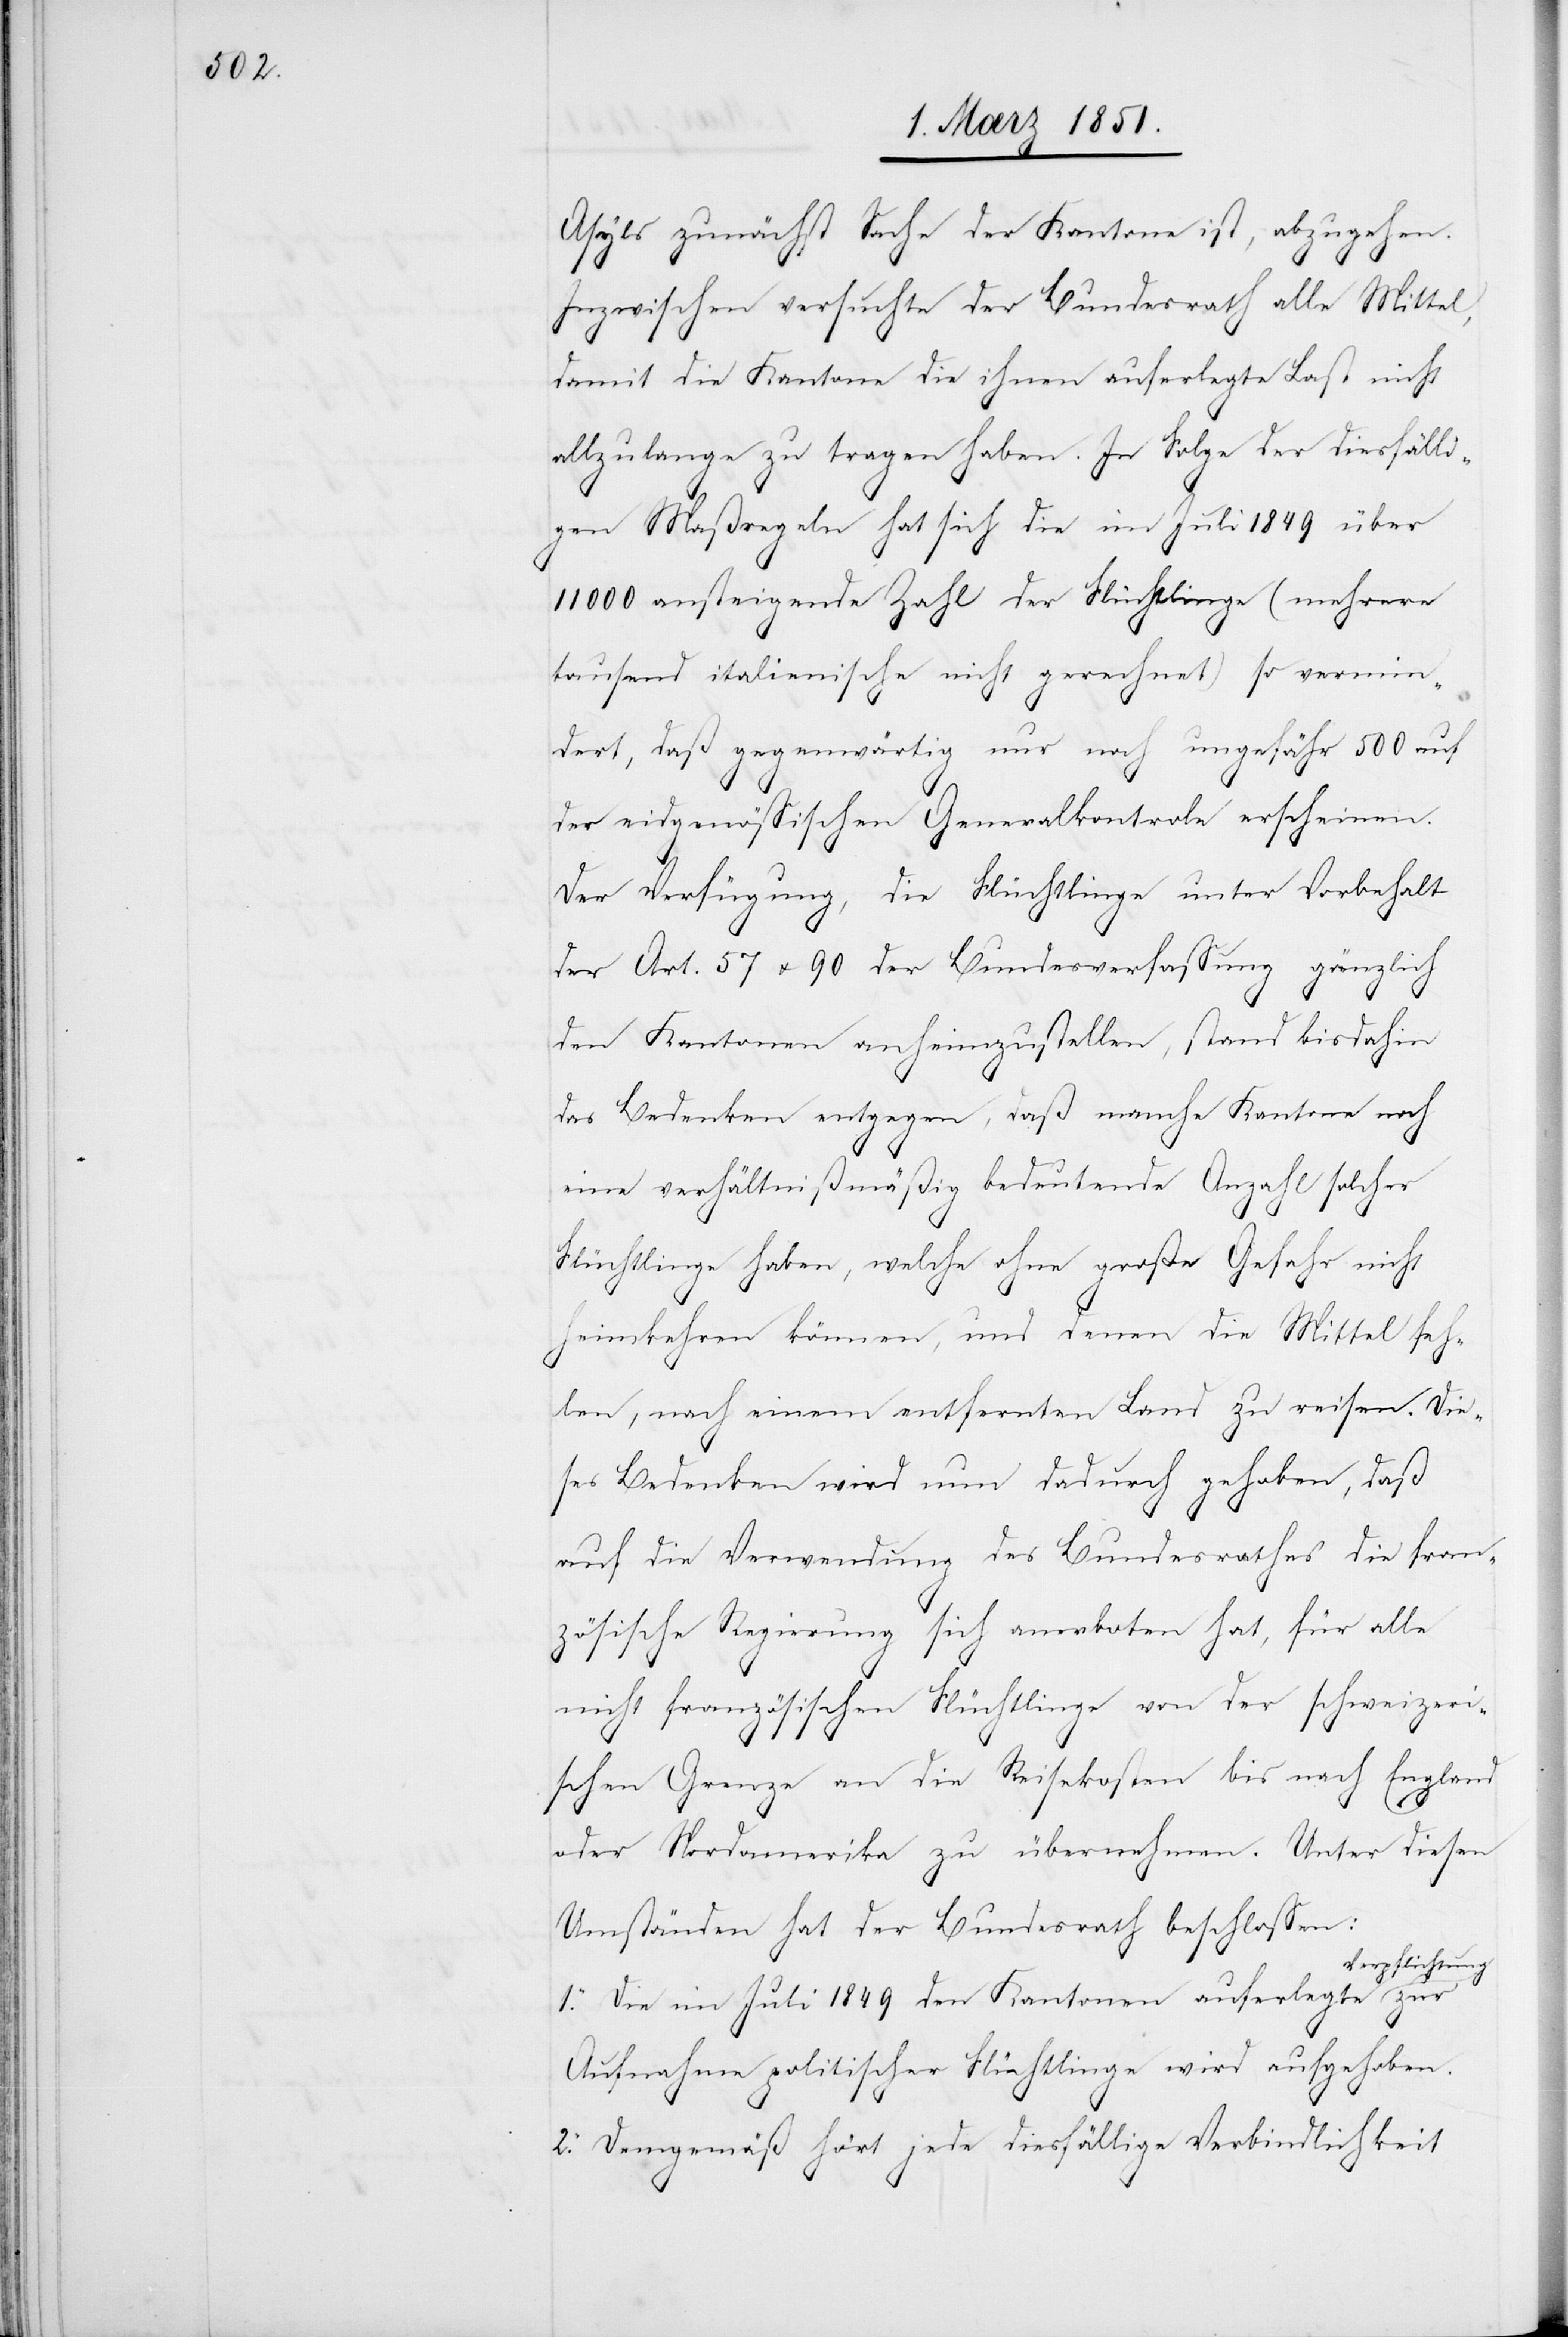
Asyls zunächst Sache der Kantone ist, abzugehen.
Inzwischen versuchte der Bundesrath alle Mittel,
damit die Kantone die ihnen auferlegte Last nicht
allzulange zu tragen haben. In Folge der diesfälli¬
gen Maßregeln hat sich die im Juli 1849 über
11000 ansteigende Zahl der Flüchtlinge (mehrere
tausend italienische nicht gerechnet) so vermin¬
dert, daß gegenwärtig nur noch ungefähr 500 auf
der eidgenössischen Generalkontrole erscheinen.
Der Verfügung, die Flüchtlinge unter Vorbehalt
der Art. 57 u. 90 der Bundesverfassung gänzlich
den Kantonen anheimzustellen, stand bisdahin
das Bedenken entgegen, daß manche Kantone noch
eine verhältnißmäßig bedeutende Anzahl solcher
Flüchtlinge haben, welche ohne große Gefahr nicht
heimkehren können, und denen die Mittel feh¬
len, nach einem entfernten Land zu reisen. Die¬
ses Bedenken wird nun dadurch gehoben, daß
auf die Verwendung des Bundesrathes die fran¬
zösische Regierung sich anerboten hat, für alle
nicht französischen Flüchtlinge von der schweizeri¬
schen Grenze an die Reisekosten bis nach England
oder Nordamerika zu übernehmen. Unter diesen
Umständen hat der Bundesrath beschlossen:
erpflichtung
1. Die im Juli 1849 den Kantonen auferlegte V¬
Aufnahme politischer Flüchtlinge wird aufgehoben.
2. Demgemäß hört jede diesfällige Verbindlichkeit